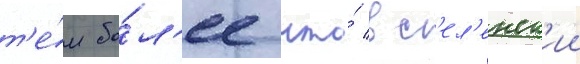
т'е́м бо́л'ее что́ вс'ел'енск'ии